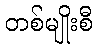
တစ်မျိုးစီ